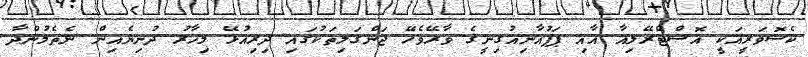
ކެސޮވަރީއަކީ އޮސްޓްރޭލިއާ އާއި ޕަޕުއާނިއުގިނީގެ ވާރޭވެހޭ ޖަންގަލިތަކުގައި ދިރިއުޅޭ މިހާރު ދުނިޔެއިން ނެތެމުންދާ